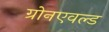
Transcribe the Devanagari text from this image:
ग्रोनएवल्ड